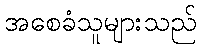
အစေခံသူများသည်